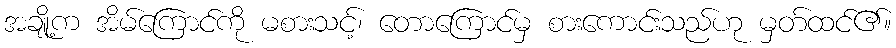
အချို့က အိမ်ကြောင်ကို မစားသင့်၊ တောကြောင်မှ စားကောင်းသည်ဟု မှတ်ထင်၏။